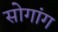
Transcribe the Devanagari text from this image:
सोगांग